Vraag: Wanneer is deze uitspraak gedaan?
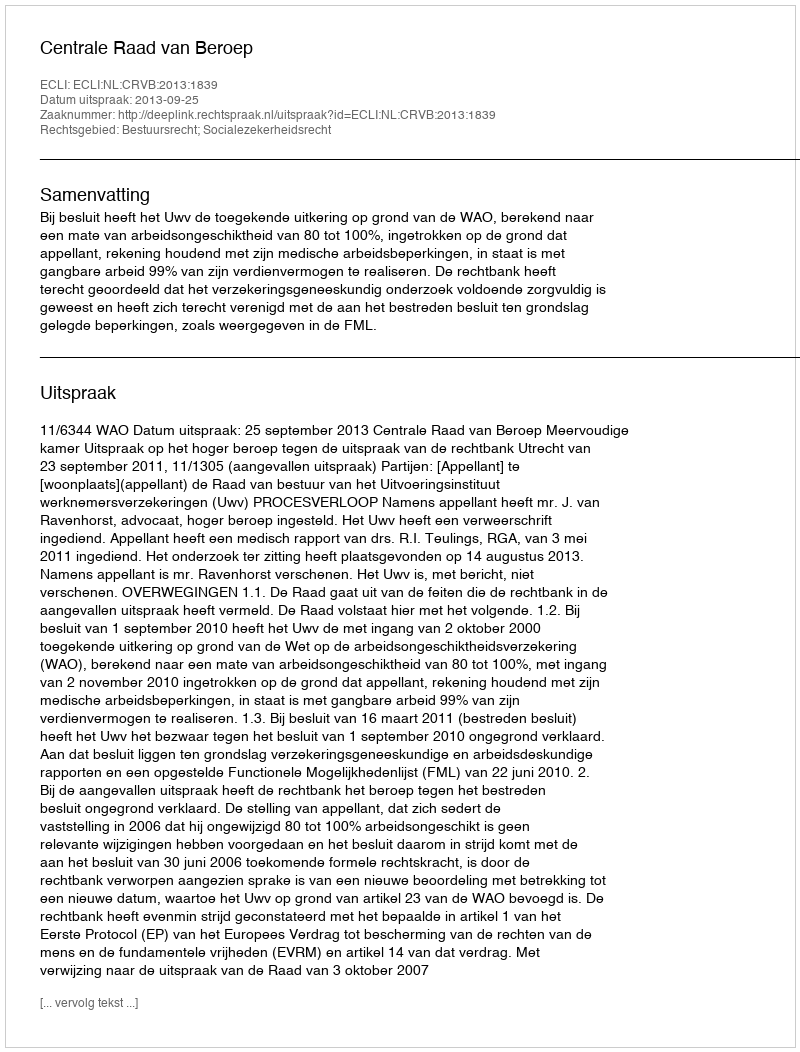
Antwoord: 2013-09-25